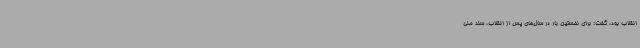
انقلاب بود، گفت: برای نخستین بار در سال‌های پس از انقلاب، سند ملی